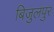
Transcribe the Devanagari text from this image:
बिजुलपुर